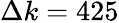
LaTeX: \Delta k=425